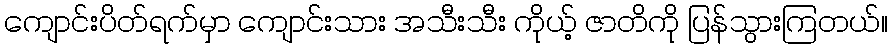
ကျောင်းပိတ်ရက်မှာ ကျောင်းသား အသီးသီး ကိုယ့် ဇာတိကို ပြန်သွားကြတယ်။